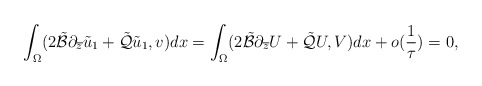
\begin{align*} \int_{\Omega}(2\tilde{\mathcal B}\partial_{\overline z}\tilde u_1 +\tilde{\mathcal Q}\tilde u_1,v) dx=\int_{\Omega}(2\tilde{\mathcal B}\partial_{\overline z} U +\tilde{\mathcal Q} U,V) dx+o(\frac{1}{\tau})=0,\end{align*}